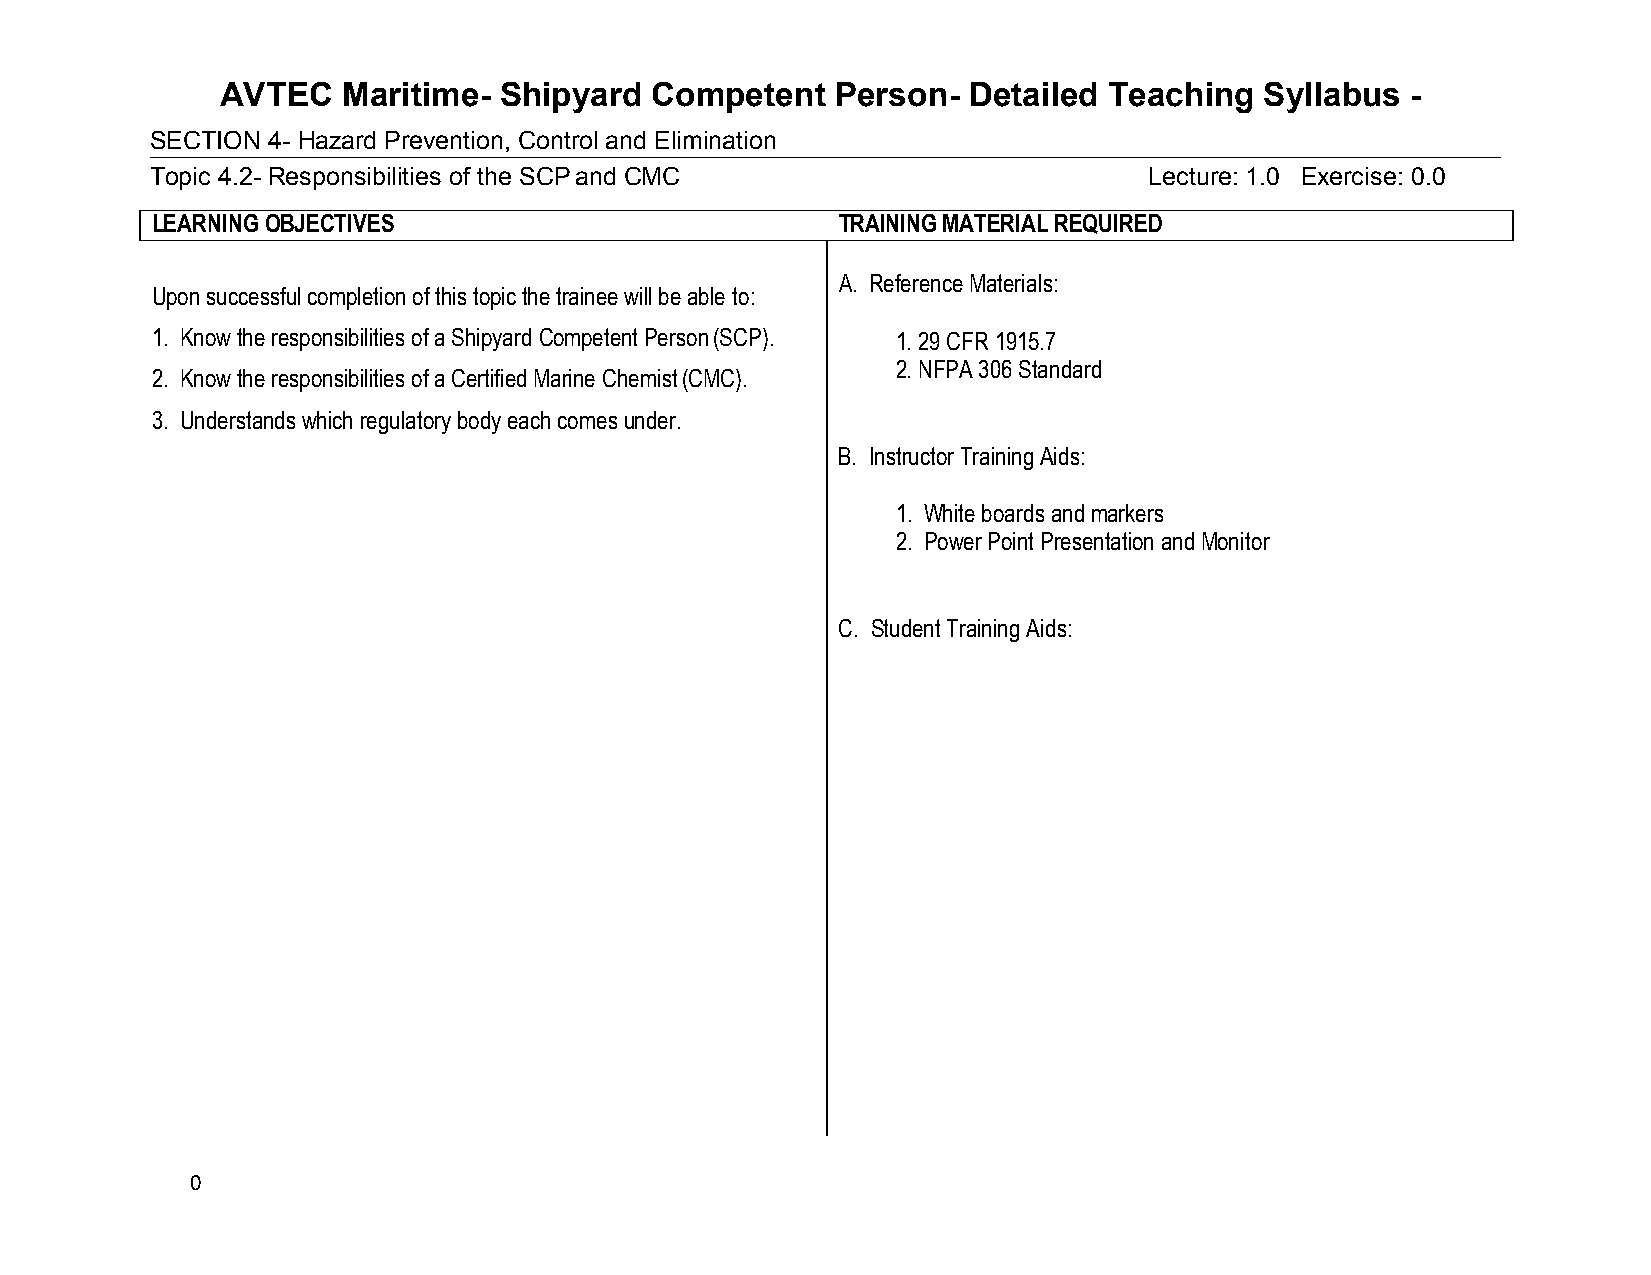
AVTEC   Maritime- Shipyard  Competent   Person-  Detailed Teaching   Syllabus -
 SECTION 4- Hazard Prevention, Control and Elimination
 Topic 4.2- Responsibilities of the SCP and CMC                    Lecture: 1.0 Exercise: 0.0
 LEARNING OBJECTIVES                          TRAINING MATERIAL REQUIRED
 A. Reference Materials:
 Upon successful completion of this topic the trainee will be able to:
 1. Know the responsibilities of a Shipyard Competent Person (SCP). 1. 29 CFR 1915.7
 2. NFPA 306 Standard
 2. Know the responsibilities of a Certified Marine Chemist (CMC).
 3. Understands which regulatory body each comes under.
 B. Instructor Training Aids:
 1. White boards and markers
 2. Power Point Presentation and Monitor
 C. Student Training Aids:
 0